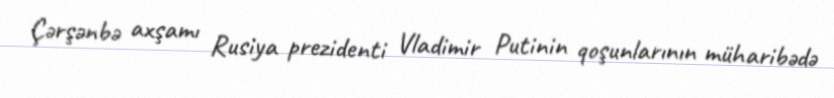
Çərşənbə axşamı Rusiya prezidenti Vladimir Putinin qoşunlarının müharibədə